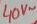
Text: 40µ~